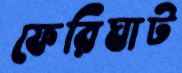
ফেরিঘাট